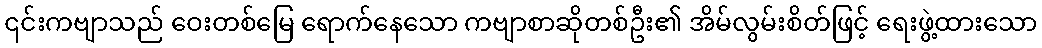
၎င်းကဗျာသည် ဝေးတစ်မြေ ရောက်နေသော ကဗျာစာဆိုတစ်ဦး၏ အိမ်လွမ်းစိတ်ဖြင့် ရေးဖွဲ့ထားသော